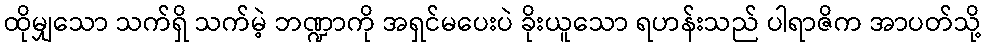
ထိုမျှသော သက်ရှိ သက်မဲ့ ဘဏ္ဍာကို အရှင်မပေးပဲ ခိုးယူသော ရဟန်းသည် ပါရာဇိက အာပတ်သို့